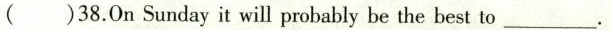
( )38.OnSunday it will probably be the best to___.